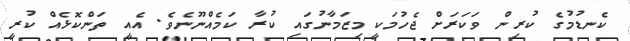
ކެނޑުމުގެ ކުރިން ވަކަރަށް ޖެހުމަކީ މިޒަމާނުގައި ކުރާ ކަމެއްނޫނެވެ. އެއީ ތަންކޮޅެއް ކުރީ